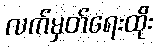
လက်မှတ်ရေးထိုး